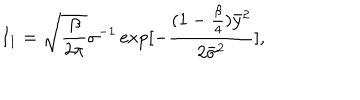
LaTeX: I _ { 1 } = \sqrt { \frac { \beta } { 2 \pi } } \sigma ^ { - 1 } \exp [ - \frac { ( 1 - \frac { \beta } { 4 } ) { \bar { y } } ^ { 2 } } { 2 { \bar { \sigma } } ^ { 2 } } ] ,